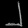
Digit: ၂